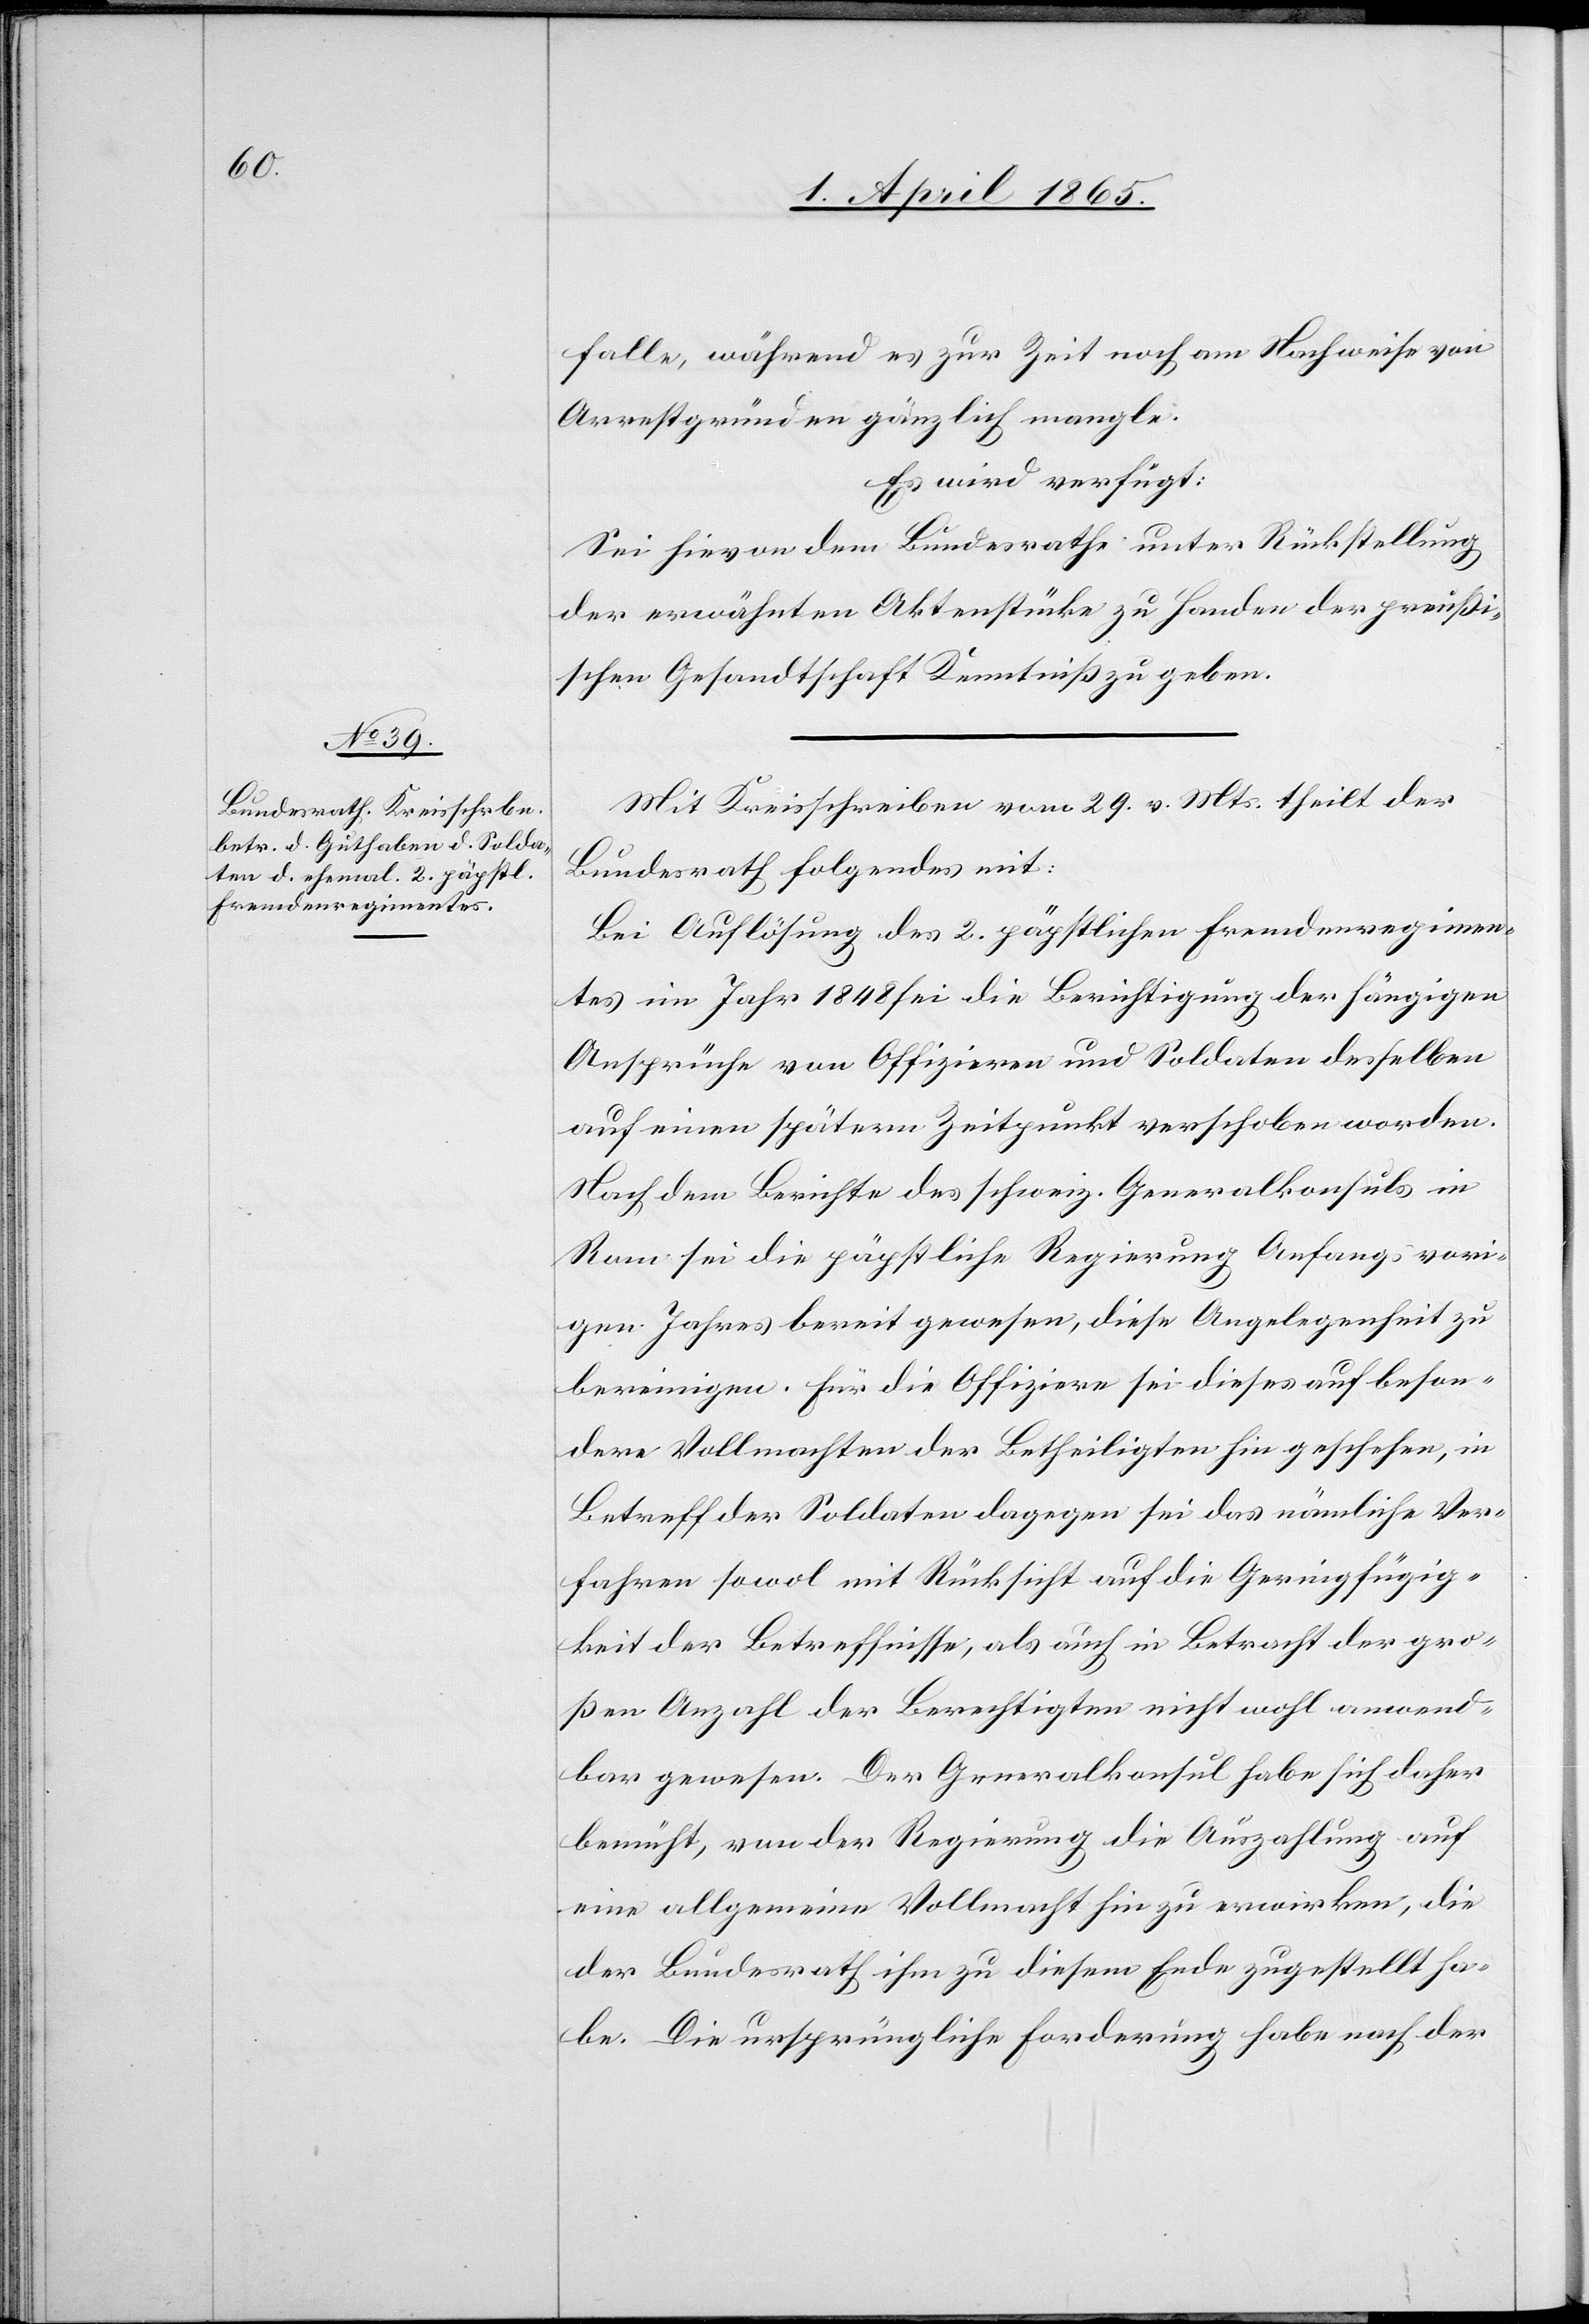
5. April 1865.]
falle, während es zur Zeit noch am Nachweis von
Arrestgründen gänzlich mangle.
Es wird verfügt:
Sei hievon dem Bundesrathe unter Rückstellung
der erwähnten Aktenstücke zu Handen der preußi¬
schen Gesandtschaft Kenntniß zu geben.
Mit Kreisschreiben vom 29. v. Mts. theilt der
Bundesrath folgendes mit:
Bei Auflösung des 2. päpstlichen Fremdenregimen¬
tes im Jahr 1848 sei die Berichtigung der hängigen
Ansprüche von Offizieren und Soldaten desselben
auf einen spätern Zeitpunkt verschoben worden.
Nach dem Berichte des schweiz. Generalkonsuls in
Rom sei die päpstliche Regierung Anfangs vori¬
gen Jahres bereit gewesen, diese Angelegenheit zu
bereinigen. Für die Offiziere sei dieses auf beson¬
dere Vollmachten der Betheiligten hin geschehen, in
Betreff der Soldaten dagegen sei das nämliche Ver¬
fahren sowol mit Rücksicht auf die Geringfügig¬
keit der Betreffnisse, als auch in Betracht der gro¬
ßen Anzahl der Berechtigten nicht wohl anwend¬
bar gewesen. Der Generalkonsul habe sich daher
bemüht, von der Regierung die Auszahlung auf
eine allgemeine Vollmacht hin zu erwirken, die
der Bundesrath ihm zu diesem Ende zugestellt ha¬
be. Die ursprüngliche Forderung habe nach der